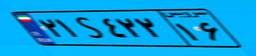
۰۱S۹۳۳۵۱